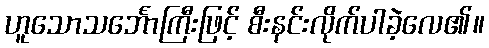
ဟူသောသင်္ဘောကြီးဖြင့် စီးနင်းလိုက်ပါခဲ့လေ၏။